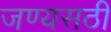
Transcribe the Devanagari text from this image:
जण्यसठी